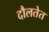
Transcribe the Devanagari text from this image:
दौलतेत